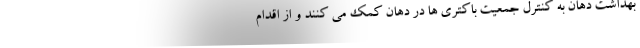
بهداشت دهان به کنترل جمعیت باکتری ها در دهان کمک می کنند و از اقدام